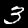
Digit: 3